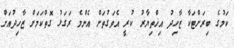
ކަމުގެ ބިރަށްޓަކާ ޒާހިދު އިޚްތިޔާރު ކުރީ އެވަގުތަށް އެންމެ ރަގަޅު ގޮތްކަމަށް ޒާހިދުއަށް